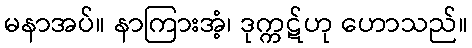
မနာအပ်။ နာကြားအံ့၊ ဒုက္ကဋ်ဟု ဟောသည်။